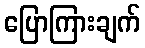
ပြောကြားချက်